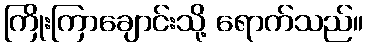
ကြိုးကြာချောင်းသို့ ရောက်သည်။